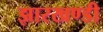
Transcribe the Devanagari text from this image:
झारखण्‍डी